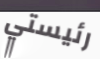
رئيستي